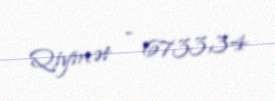
Qiymət - 6733,34